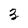
Character: 3